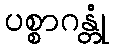
ပစ္စာဂန္တုံ